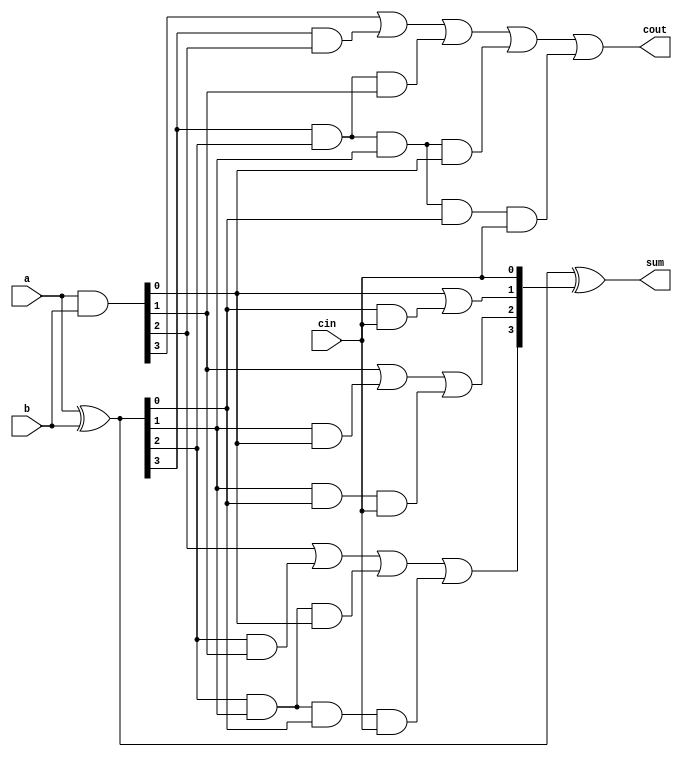
`timescale 1ns / 1ps
//////////////////////////////////////////////////////////////////////////////////
// Company: 
// Engineer: 
// 
// Design Name: 
// Module Name: cla4btadder
// Project Name: 
// Target Devices: 
// Tool Versions: 
// Description: 
// 
// Dependencies: 
// 
// Revision:
// Revision 0.01 - File Created
// Additional Comments:
// 
//////////////////////////////////////////////////////////////////////////////////


module cla4btadder(a,b, cin, sum,cout);
input [3:0] a,b;
input cin;
output [3:0] sum;
output cout;
 
wire [3:0] p,g,c;
 
assign p=a^b;
assign g=a&b;

assign c[0]=cin;
assign c[1]= g[0]|(p[0]&c[0]);
assign c[2]= g[1] | (p[1]&g[0]) | p[1]&p[0]&c[0];
assign c[3]= g[2] | (p[2]&g[1]) | p[2]&p[1]&g[0] | p[2]&p[1]&p[0]&c[0];
assign cout= g[3] | (p[3]&g[2]) | p[3]&p[2]&g[1] | p[3]&p[2]&p[1]&g[0] | p[3]&p[2]&p[1]&p[0]&c[0];
assign sum=p^c;
 
endmodule